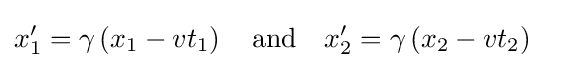
x'_{1}=\gamma \left(x_{1}-vt_{1}\right)\quad {\text{and}}\quad x'_{2}=\gamma \left(x_{2}-vt_{2}\right)\ \